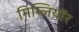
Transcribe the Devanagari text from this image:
मिग्लियॉर